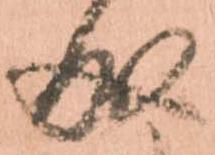
成